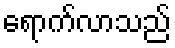
ရောက်လာသည်